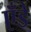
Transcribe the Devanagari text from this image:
एँडे